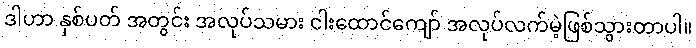
ဒါဟာ နှစ်ပတ် အတွင်း အလုပ်သမား ငါးထောင်ကျော် အလုပ်လက်မဲ့ဖြစ်သွားတာပါ။